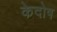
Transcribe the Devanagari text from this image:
केदोष